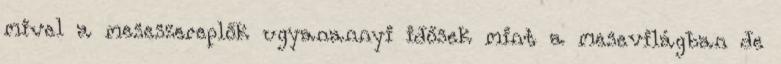
mivel a meseszereplők ugyanannyi idősek mint a mesevilágban de